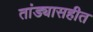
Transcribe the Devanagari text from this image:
तांड्यासहीत